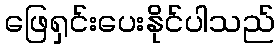
ဖြေရှင်းပေးနိုင်ပါသည်